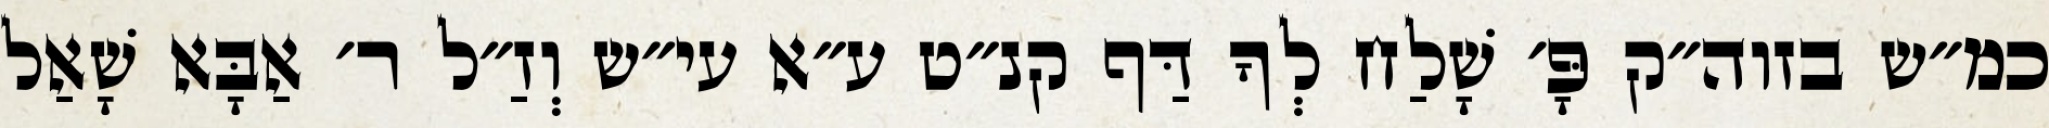
כמ״ש בזוה״ק פָּ׳ שָׁלַח לְךָ דַּף קנ״ט ע״א עי״ש וְזַ״ל ר׳ אַבָּא שָׁאַל